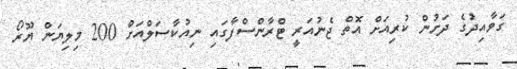
ގަވާއިދުގެ ދަށުން ކުރިއަށް އޮތް ޖެނުއަރީ ޓްރާންސްފާގައި ނިއުކާސަލްއަށް 200 މިލިޔަން ޔޫރޯ